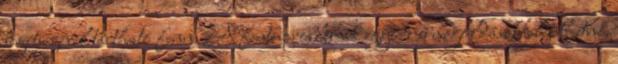
segítségével tartható fenn. A fenti problémák egyidejû megoldását jelenthetné,